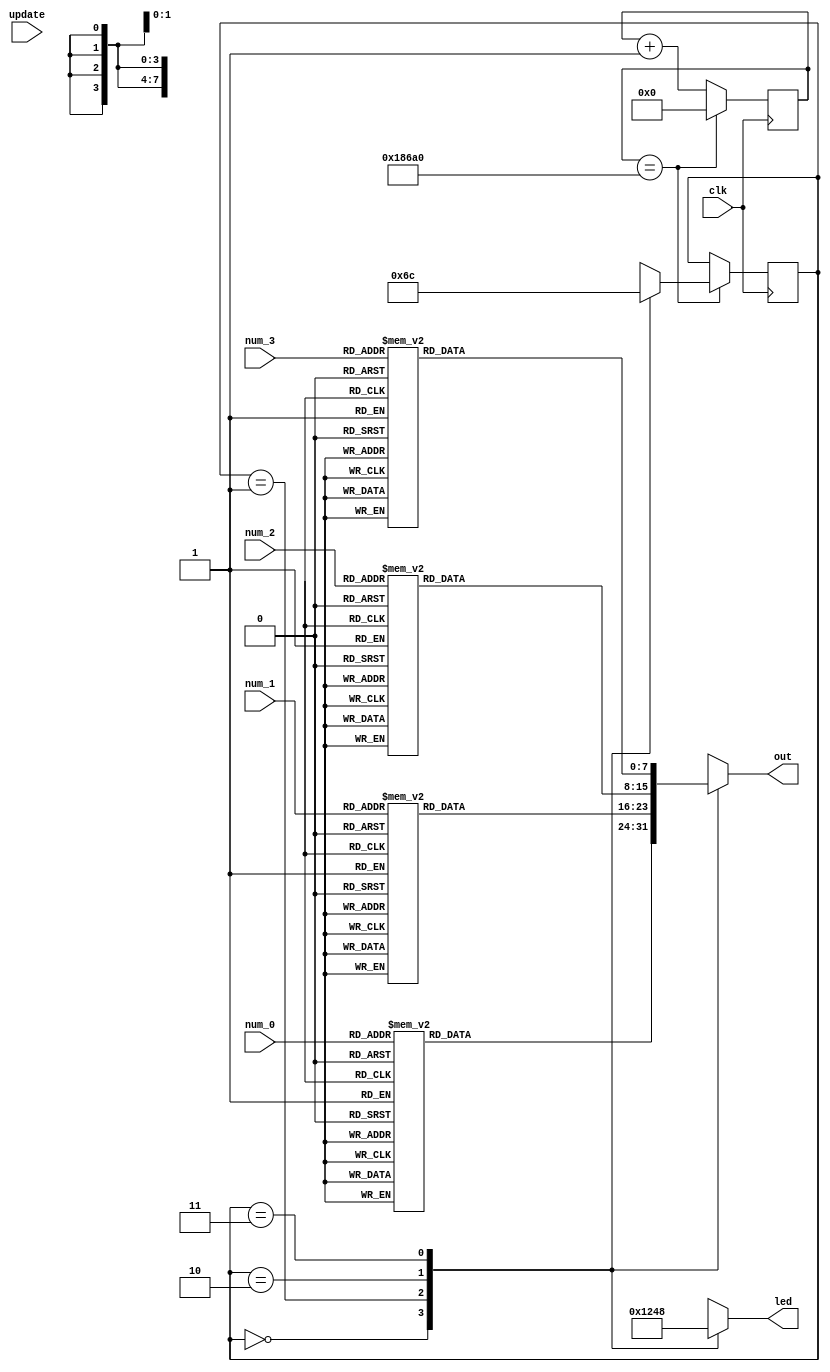
`timescale 1ns / 1ps
//////////////////////////////////////////////////////////////////////////////////
// Company: 
// Engineer: 
// 
// Design Name: 
// Module Name: tube
// Project Name: 
// Target Devices: 
// Tool Versions: 
// Description: 
// 
// Dependencies: 
// 
// Revision:
// Revision 0.01 - File Created
// Additional Comments:
// 
//////////////////////////////////////////////////////////////////////////////////


module tube(
    input clk,
    input update,
    input [3:0] num_0,
    input [3:0] num_1,
    input [3:0] num_2,
    input [3:0] num_3,
    output reg [7:0] out, // dp, g, f, e, d, c, b, a
    output reg [3:0] led
    );
    
//    reg [7:0] tube_0;
//    reg [7:0] tube_1;
//    reg [7:0] tube_2;
//    reg [7:0] tube_3;
    
    
//    always@(posedge update)
//    begin
//        case(num_0)
//            4'b0000: tube_0 = 8'b00111111;
//            4'b0001: tube_0 = 8'b00000110;
//            4'b0010: tube_0 = 8'b01011011;
//            4'b0011: tube_0 = 8'b01001111;
//            4'b0100: tube_0 = 8'b01100110;
//            4'b0101: tube_0 = 8'b01101101;
//            4'b0110: tube_0 = 8'b01111101;
//            4'b0111: tube_0 = 8'b00000111;
//            4'b1000: tube_0 = 8'b01111111;
//            4'b1001: tube_0 = 8'b01101111;
//            4'b1010: tube_0 = 8'b01110111;
//            4'b1011: tube_0 = 8'b01111100;
//            4'b1100: tube_0 = 8'b00111001;
//            4'b1101: tube_0 = 8'b01011110;
//            4'b1110: tube_0 = 8'b01111001;
//            4'b1111: tube_0 = 8'b01110001;
//            default: tube_0 = 8'b00000000;
//        endcase 
        
//        case(num_1)
//            4'b0000: tube_1 = 8'b00111111;
//            4'b0001: tube_1 = 8'b00000110;
//            4'b0010: tube_1 = 8'b01011011;
//            4'b0011: tube_1 = 8'b01001111;
//            4'b0100: tube_1 = 8'b01100110;
//            4'b0101: tube_1 = 8'b01101101;
//            4'b0110: tube_1 = 8'b01111101;
//            4'b0111: tube_1 = 8'b00000111;
//            4'b1000: tube_1 = 8'b01111111;
//            4'b1001: tube_1 = 8'b01101111;
//            4'b1010: tube_1 = 8'b01110111;
//            4'b1011: tube_1 = 8'b01111100;
//            4'b1100: tube_1 = 8'b00111001;
//            4'b1101: tube_1 = 8'b01011110;
//            4'b1110: tube_1 = 8'b01111001;
//            4'b1111: tube_1 = 8'b01110001;
//            default: tube_1 = 8'b00000000;
//        endcase 
        
//        case(num_2)
//            4'b0000: tube_2 = 8'b00111111;
//            4'b0001: tube_2 = 8'b00000110;
//            4'b0010: tube_2 = 8'b01011011;
//            4'b0011: tube_2 = 8'b01001111;
//            4'b0100: tube_2 = 8'b01100110;
//            4'b0101: tube_2 = 8'b01101101;
//            4'b0110: tube_2 = 8'b01111101;
//            4'b0111: tube_2 = 8'b00000111;
//            4'b1000: tube_2 = 8'b01111111;
//            4'b1001: tube_2 = 8'b01101111;
//            4'b1010: tube_2 = 8'b01110111;
//            4'b1011: tube_2 = 8'b01111100;
//            4'b1100: tube_2 = 8'b00111001;
//            4'b1101: tube_2 = 8'b01011110;
//            4'b1110: tube_2 = 8'b01111001;
//            4'b1111: tube_2 = 8'b01110001;
//            default: tube_2 = 8'b00000000;
//        endcase 
        
//        case(num_3)
//            4'b0000: tube_3 = 8'b00111111;
//            4'b0001: tube_3 = 8'b00000110;
//            4'b0010: tube_3 = 8'b01011011;
//            4'b0011: tube_3 = 8'b01001111;
//            4'b0100: tube_3 = 8'b01100110;
//            4'b0101: tube_3 = 8'b01101101;
//            4'b0110: tube_3 = 8'b01111101;
//            4'b0111: tube_3 = 8'b00000111;
//            4'b1000: tube_3 = 8'b01111111;
//            4'b1001: tube_3 = 8'b01101111;
//            4'b1010: tube_3 = 8'b01110111;
//            4'b1011: tube_3 = 8'b01111100;
//            4'b1100: tube_3 = 8'b00111001;
//            4'b1101: tube_3 = 8'b01011110;
//            4'b1110: tube_3 = 8'b01111001;
//            4'b1111: tube_3 = 8'b01110001;
//            default: tube_3 = 8'b00000000;
//        endcase
//    end
    
    
    reg [20:0] count;
    reg [1:0] disSelect;
    
    always@(posedge clk)
    begin
        if(count == 20'h186a0) // 1ms
            begin
                count = 20'h0;
                case(disSelect)
                    2'b00: disSelect = 2'b01;
                    2'b01: disSelect = 2'b10;
                    2'b10: disSelect = 2'b11;
                    2'b11: disSelect = 2'b00;
                    default: disSelect = 2'b00;
                endcase
            end
        else
            count = count + 1'h1;
    end
    
    
    always@(disSelect)
        begin
            case(disSelect)
                2'b00: 
                    begin
                        led = 4'b0000;
                        case(num_0)
                            4'b0000: out = 8'b00111111;
                            4'b0001: out = 8'b00000110;
                            4'b0010: out = 8'b01011011;
                            4'b0011: out = 8'b01001111;
                            4'b0100: out = 8'b01100110;
                            4'b0101: out = 8'b01101101;
                            4'b0110: out = 8'b01111101;
                            4'b0111: out = 8'b00000111;
                            4'b1000: out = 8'b01111111;
                            4'b1001: out = 8'b01101111;
                            4'b1010: out = 8'b01110111;
                            4'b1011: out = 8'b01111100;
                            4'b1100: out = 8'b00111001;
                            4'b1101: out = 8'b01011110;
                            4'b1110: out = 8'b01111001;
                            4'b1111: out = 8'b01110001;
                            default: out = 8'b00000000;
                        endcase 
                        led = 4'b0001;
                    end
                2'b01: 
                    begin
                        led = 4'b0000;
                        case(num_1)
                            4'b0000: out = 8'b00111111;
                            4'b0001: out = 8'b00000110;
                            4'b0010: out = 8'b01011011;
                            4'b0011: out = 8'b01001111;
                            4'b0100: out = 8'b01100110;
                            4'b0101: out = 8'b01101101;
                            4'b0110: out = 8'b01111101;
                            4'b0111: out = 8'b00000111;
                            4'b1000: out = 8'b01111111;
                            4'b1001: out = 8'b01101111;
                            4'b1010: out = 8'b01110111;
                            4'b1011: out = 8'b01111100;
                            4'b1100: out = 8'b00111001;
                            4'b1101: out = 8'b01011110;
                            4'b1110: out = 8'b01111001;
                            4'b1111: out = 8'b01110001;
                            default: out = 8'b00000000;
                        endcase 
                        led = 4'b0010;
                    end
                2'b10: 
                    begin
                        led = 4'b0000;
                        case(num_2)
                            4'b0000: out = 8'b00111111;
                            4'b0001: out = 8'b00000110;
                            4'b0010: out = 8'b01011011;
                            4'b0011: out = 8'b01001111;
                            4'b0100: out = 8'b01100110;
                            4'b0101: out = 8'b01101101;
                            4'b0110: out = 8'b01111101;
                            4'b0111: out = 8'b00000111;
                            4'b1000: out = 8'b01111111;
                            4'b1001: out = 8'b01101111;
                            4'b1010: out = 8'b01110111;
                            4'b1011: out = 8'b01111100;
                            4'b1100: out = 8'b00111001;
                            4'b1101: out = 8'b01011110;
                            4'b1110: out = 8'b01111001;
                            4'b1111: out = 8'b01110001;
                            default: out = 8'b00000000;
                        endcase 
                        led = 4'b0100;
                    end
                2'b11: 
                    begin
                        led = 4'b0000;
                        case(num_3)
                            4'b0000: out = 8'b00111111;
                            4'b0001: out = 8'b00000110;
                            4'b0010: out = 8'b01011011;
                            4'b0011: out = 8'b01001111;
                            4'b0100: out = 8'b01100110;
                            4'b0101: out = 8'b01101101;
                            4'b0110: out = 8'b01111101;
                            4'b0111: out = 8'b00000111;
                            4'b1000: out = 8'b01111111;
                            4'b1001: out = 8'b01101111;
                            4'b1010: out = 8'b01110111;
                            4'b1011: out = 8'b01111100;
                            4'b1100: out = 8'b00111001;
                            4'b1101: out = 8'b01011110;
                            4'b1110: out = 8'b01111001;
                            4'b1111: out = 8'b01110001;
                            default: out = 8'b00000000;
                        endcase 
                        led = 4'b1000;
                    end
            endcase
        end
endmodule